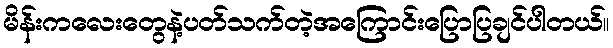
မိန်းကလေးတွေနဲ့ပတ်သက်တဲ့အကြောင်းပြောပြချင်ပါတယ်။